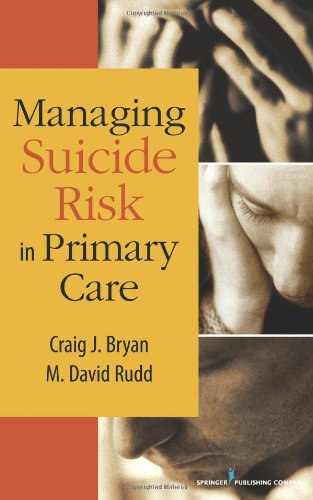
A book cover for Managing Suicide Risk in Primary Care; Craig J. Bryan PsyD; Self-Help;